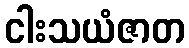
ငါးသယံဇာတ